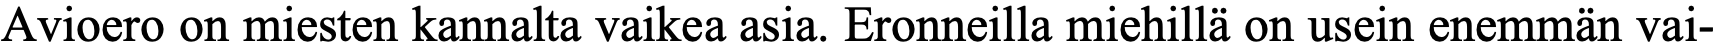
Avioero on miesten kannalta vaikea asia. Eronneilla miehillä on usein enemmän vai-